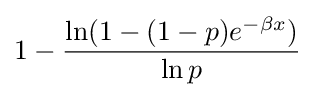
1-{\frac {\ln(1-(1-p)e^{-\beta x})}{\ln p}}